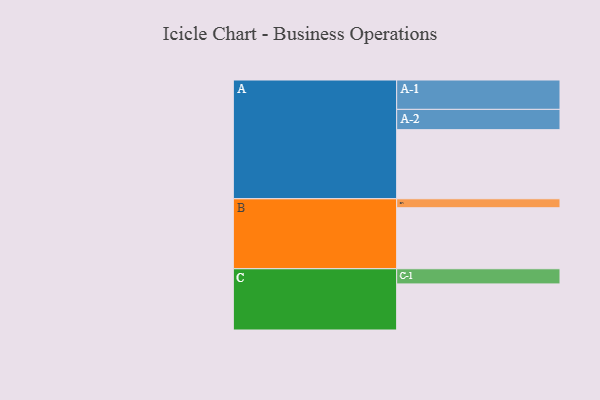
{"axis": {"x": "Segment", "y": "Value"}, "legend": ["", "A", "B", "C"], "data": [{"x": "A", "y": 579, "type": ""}, {"x": "B", "y": 511, "type": ""}, {"x": "C", "y": 386, "type": ""}, {"x": "A-1", "y": 246, "type": "A"}, {"x": "A-2", "y": 170, "type": "A"}, {"x": "B-1", "y": 75, "type": "B"}, {"x": "C-1", "y": 127, "type": "C"}]}